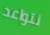
نتواعد